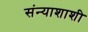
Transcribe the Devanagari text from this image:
संन्याशाशी